Lunatic asylums Punjab 1895-1910 - 1895-1910
Year: 1895
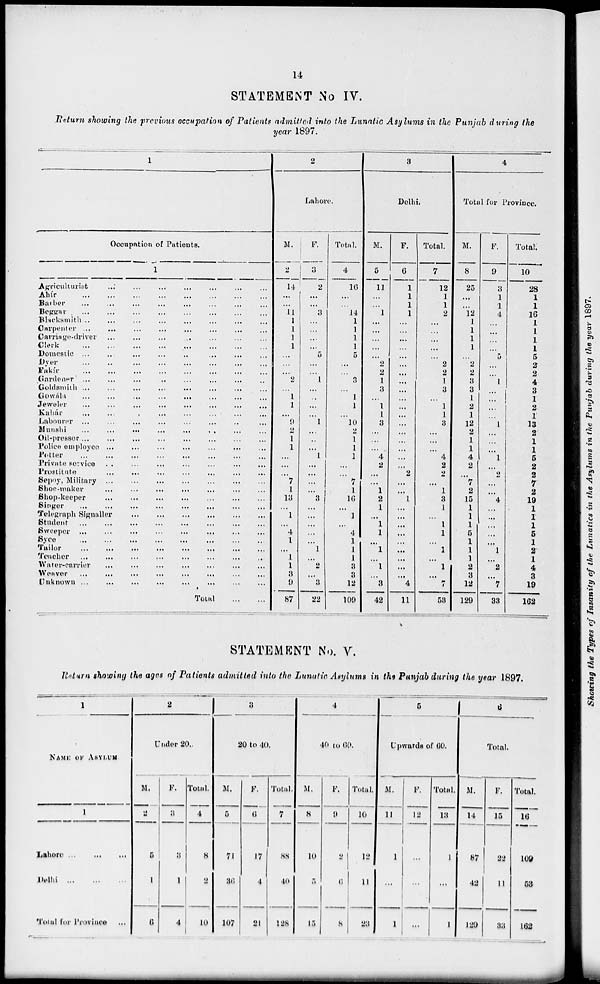
14
STATEMENT No IV.
Return showing the previous occupation of Patients admitted into the Lunatic Asylums in the Punjab during the
year 1897.
1
Occupation of Patients.
1
Agriculturiat ... ... ... ... ... ... ...
Ahír
...
...
...
...
...
...
...
Barber
...
...
...
...
...
...
...
Beggar
...
...
...
...
...
...
...
Blucksmith
...
...
...
...
...
...
...
Carpenter
...
...
...
...
...
...
...
Carriage-driver
...
...
...
...
...
...
...
Clerk
...
...
...
...
...
...
...
Domestic
...
...
...
...
...
...
...
Dyer
...
...
...
...
...
...
...
Fakír
...
...
...
...
...
...
...
Gardener
...
...
...
...
...
...
...
Goldsmith
...
...
...
...
...
...
...
Gowála
...
...
...
...
...
...
...
Jeweler ... ... ... ... ... ... ...
Kahár
...
...
...
...
...
...
...
Labourer
...
...
...
...
...
...
...
Munshi
...
...
...
...
...
...
...
Oil-presser
...
...
...
...
...
...
...
Police
employee
...
...
...
...
...
...
...
Potter
...
...
...
...
...
...
...
Private service
...
...
...
...
...
...
...
Prostitnte
...
...
...
...
...
...
...
Sepoy, Military
...
...
...
...
...
...
...
Shoe-maker
...
...
...
...
...
...
...
Shop-keeper
...
...
...
...
...
...
...
Singer
...
...
...
...
...
...
...
...
Telegraph Signaller
...
...
...
...
...
...
...
Student
...
...
...
...
...
...
...
Sweeper
...
...
...
...
...
...
...
Syce
...
...
...
...
...
...
...
...
Tailor
...
...
...
...
...
...
...
...
Teacher
...
...
...
...
...
...
...
Water-carrier
...
...
...
...
...
...
...
Weaver
...
...
...
...
...
...
...
...
Unknown ... ... ... ... ... ... ...
Total
...
...
2
Lahore.
M.
2
14
...
...
11
1
1
1
1
...
...
...
2
...
1
1
...
9
2
1
1
...
...
...
7
1
13
...
1
...
4
1
...
1
1
3
9
87
F.
3
2
...
...
3
...
...
...
...
5
...
...
1
...
...
...
...
1
...
...
...
1
...
...
...
...
3
...
...
...
...
...
1
...
2
...
3
22
Total.
4
16
...
...
14
1
1
1
1
5
...
...
3
...
1
1
...
10
2
1
1
1
...
...
7
1
16
...
1
...
4
1
1
1
3
3
12
109
3
Delhi.
M.
5
11
...
...
1
...
...
...
...
...
2
2
1
3
...
1
1
3
...
...
...
4
2
...
...
1
2
1
...
1
1
...
1
...
1
...
3
42
F.
6
1
1
1
1
...
...
...
...
...
...
...
...
...
...
...
...
...
...
...
...
...
...
2
...
...
1
...
...
...
...
...
...
...
...
...
4
11
Total.
7
12
1
1
2
...
...
...
...
...
2
2
1
3
...
1
1
3
...
...
...
4
2
2
...
1
3
1
...
1
1
...
1
...
1
...
7
53
4
Total for Province.
M.
8
25
...
...
12
1
1
1
1
...
2
2
3
3
1
2
1
12
2
1
1
4
2
...
7
2
15
1
1
1
5
1
1
1
2
3
12
129
F.
9
3
1
1
4
...
...
...
...
5
...
...
1
...
...
...
...
1
...
...
...
1
...
2
...
...
4
...
...
...
...
...
1
...
2
...
7
33
Total.
10
28
1
1
16
1
1
1
1
5
2
2
4
3
1
2
1
13
2
1
1
5
2
2
7
2
19
1
1
1
5
1
2
1
4
8
19
162
STATEMENT No. V.
Return showing the ages of Patients admitted into the Lunatic Asylums in the Punjab during the year 1897.
1
NAME OF ASYLUM.
1
Lahore ...
...
...
Delhi
...
...
...
Total for Povince ...
2
Under 20.
M.
2
5
1
6
F.
3
3
1
4
Total.
4
8
2
10
3
20 to 40.
M.
5
71
36
107
F.
6
17
4
21
Total.
7
88
40
128
4
40 to 60.
M.
8
10
5
15
F.
9
2
6
8
Total.
10
12
11
28
5
Upwards of 60.
M.
11
1
...
1
F.
12
...
...
...
Total.
13
1
...
1
6
Total.
M.
14
87
42
129
F.
15
22
11
33
Total.
16
109
53
162